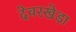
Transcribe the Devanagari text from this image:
देवरखेड़ा